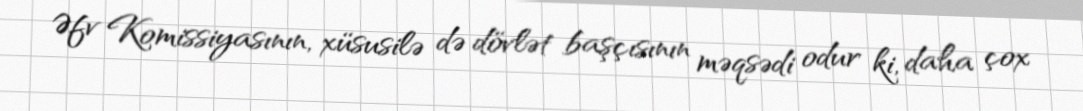
Əfv Komissiyasının, xüsusilə də dövlət başçısının məqsədi odur ki, daha çox